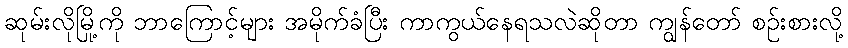
ဆုမ်းလိုမြို့ကို ဘာကြောင့်များ အမိုက်ခံပြီး ကာကွယ်နေရသလဲဆိုတာ ကျွန်တော် စဉ်းစားလို့